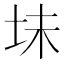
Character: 𫭥